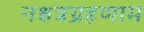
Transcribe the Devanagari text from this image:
नक्षत्रग्रहणाम